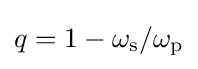
q=1-\omega _{\rm {s}}/\omega _{\rm {p}}